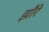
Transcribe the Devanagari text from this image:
झौरे